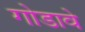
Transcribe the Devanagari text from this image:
गोडावे